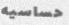
حساسيه